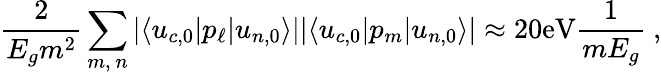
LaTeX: {\frac{2}{E_{g}m^{2}}}\sum_{m,\ n}{|\langle u_{c,0}|p_{\ell}|u_{n,0}\rangle|}{|\langle u_{c,0}|p_{m}|u_{n,0}\rangle|}\approx 20\mathrm{eV}{\frac{1}{mE_{g}}}\ ,